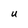
Character: U